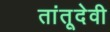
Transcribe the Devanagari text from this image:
तांतूदेवी